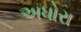
અધોરા